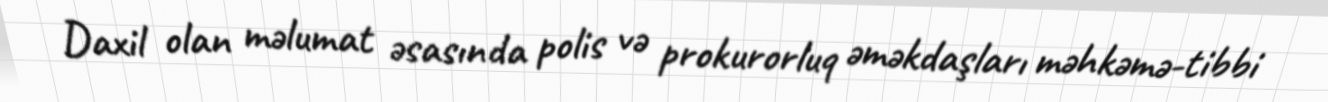
Daxil olan məlumat əsasında polis və prokurorluq əməkdaşları məhkəmə-tibbi